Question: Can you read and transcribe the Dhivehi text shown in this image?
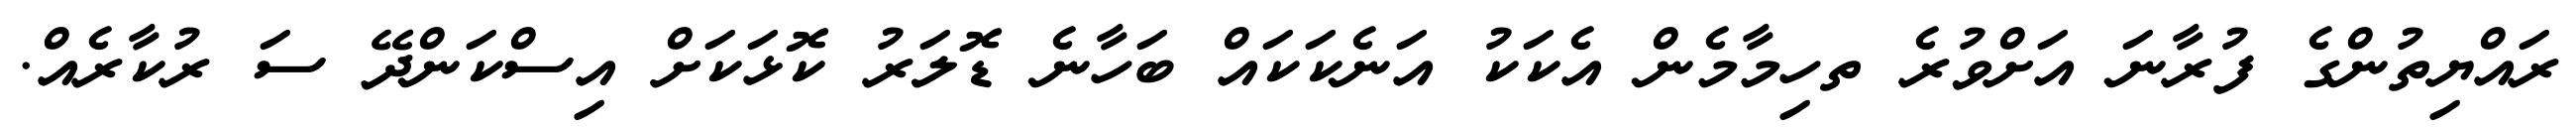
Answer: ރައްޔިތުންގެ ފުރާނަ އަށްވުރެ ތހިމާމެން އެކަކު އަނެކަކައް ބަހާނެ ޑޮލަރު ކޮޅަކަށް އިސްކަންދޭ ސަ ރުކާރެއް.